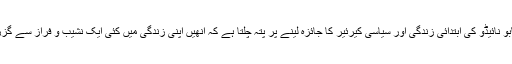
چندرابابو نائیڈو کی ابتدائی زندگی اور سیاسی کیرئیر کا جائزہ لینے پر پتہ چلتا ہے کہ انھیں اپنی زندگی میں کئی ایک نشیب و فراز سے گزرنا پڑا۔